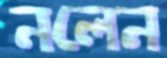
নলেন